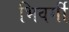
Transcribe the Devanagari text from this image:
भिवर्गी